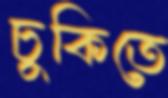
চুকিতে